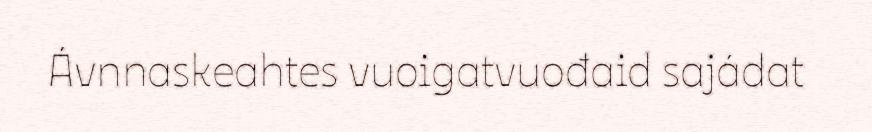
Ávnnaskeahtes vuoigatvuođaid sajádat